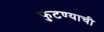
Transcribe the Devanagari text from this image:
फुटण्याची